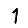
Digit: 1